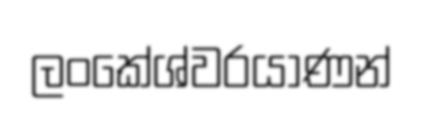
ලංකේශ්වරයාණන්